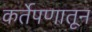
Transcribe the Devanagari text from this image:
कर्तेपणातून